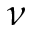
\nu